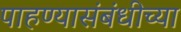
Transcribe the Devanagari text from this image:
पाहण्यासंबंधीच्या